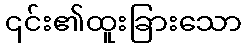
၎င်း၏ထူးခြားသော